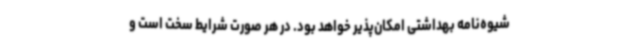
شیوه‌نامه بهداشتی امکان‌پذیر خواهد بود. در هر صورت شرایط سخت است و